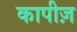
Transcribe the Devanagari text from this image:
कापीज़